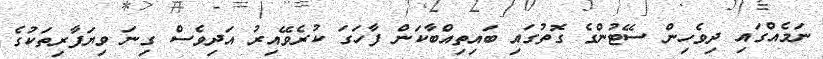
ނަމެއްގައި ދިވެހިން ސޭޓުންގެ ގޮތުގައި ބައިތިއްބާކަން ފާހަގަ ކުރެވޭއިރު އަދިވެސް ގިނަ ވިޔަފާރިތަކުގެ